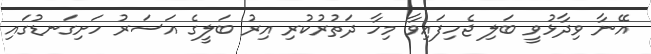
އޭނާ ވިދާޅުވީ ބަލި ޖެހިފައިވާ މިހާ ދަތުރުކުރި އިރު ބަލީގެ އަސަރު ހަށިގަނޑުގައި